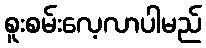
စူးစမ်းလေ့လာပါမည်